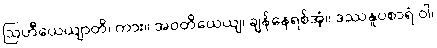
ဩဟီယေယျာတိ၊ ကား။ အဝတိယေယျ၊ ချန်နေရစ်အံ့။ ဒဿနူပစာရံ ဝါ၊